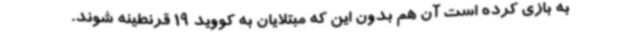
به بازی کرده است آن هم بدون این که مبتلایان به کووید 19 قرنطینه شوند.